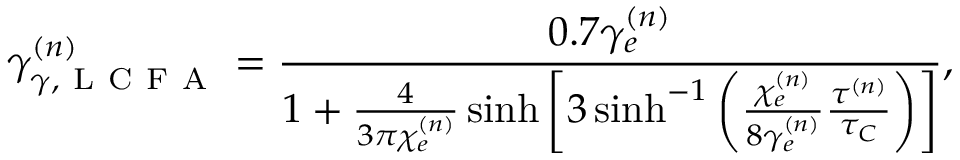
\gamma _ { \gamma , \mathrm { ~ L ~ C ~ F ~ A ~ } } ^ { ( n ) } = \frac { 0 . 7 \gamma _ { e } ^ { ( n ) } } { 1 + \frac { 4 } { 3 \pi \chi _ { e } ^ { ( n ) } } \sinh \left[ 3 \sinh ^ { - 1 } \left( \frac { \chi _ { e } ^ { ( n ) } } { 8 \gamma _ { e } ^ { ( n ) } } \frac { \tau ^ { ( n ) } } { \tau _ { C } } \right) \right] } ,